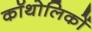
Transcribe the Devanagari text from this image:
कॉथोलिकों